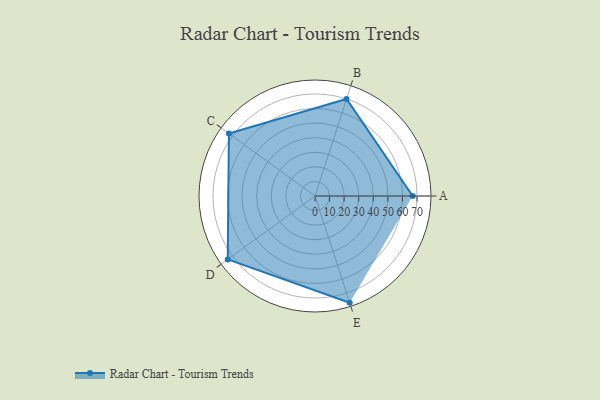
{"axis": {"x": "Skill", "y": "Score"}, "legend": ["Profile"], "data": [{"x": "A", "y": 67.0, "type": "Profile"}, {"x": "B", "y": 70.0, "type": "Profile"}, {"x": "C", "y": 73.0, "type": "Profile"}, {"x": "D", "y": 74.0, "type": "Profile"}, {"x": "E", "y": 77.0, "type": "Profile"}]}